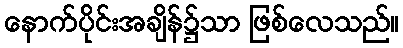
နောက်ပိုင်းအချိန်၌သာ ဖြစ်လေသည်။